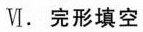
Ⅵ.完形填空